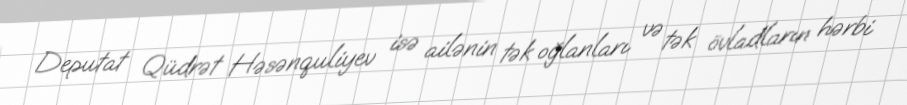
Deputat Qüdrət Həsənquliyev isə ailənin tək oğlanları və tək övladların hərbi